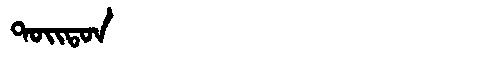
Manchu: ᡨᠣᡳᡨᠣᠨ
Romanization: TOITON